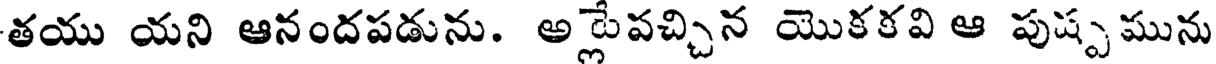
తయు యని ఆనందపడును. అ్లేపచ్చిన యొకకవి ఆ పుష్పమును